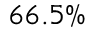
6 6 . 5 \%